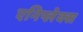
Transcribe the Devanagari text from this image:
एनिप्लेक्स